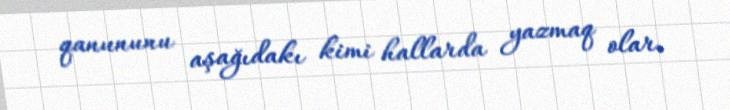
qanununu aşağıdakı kimi hallarda yazmaq olar.